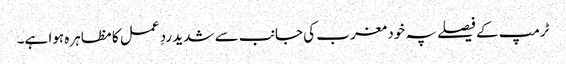
ٹرمپ کے فیصلے پہ خود مغرب کی جانب سے شدید ردِ عمل کا مظاہرہ ہوا ہے۔